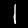
Digit: 1